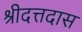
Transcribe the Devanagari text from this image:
श्रीदत्तदास